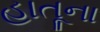
હાતૂના